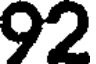
92